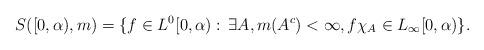
LaTeX: \begin{align*} S([0,\alpha),m)=\{f\in L^0[0,\alpha):\, \exists A, m(A^c)<\infty, f\chi_A\in L_{\infty}[0,\alpha)\}. \end{align*}